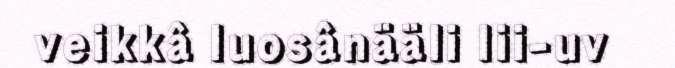
veikkâ luosânääli lii-uv